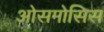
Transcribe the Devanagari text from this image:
ओसमोसिस